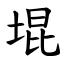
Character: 堒